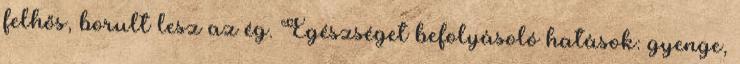
felhős, borult lesz az ég. Egészséget befolyásoló hatások: gyenge,